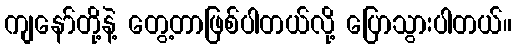
ကျနော်တို့နဲ့ တွေ့တာဖြစ်ပါတယ်လို့ ပြောသွားပါတယ်။